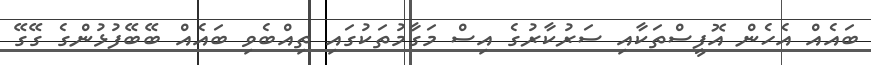
ބައެއް އެހެން އޮފީސްތަކާއި ސަރުކާރުގެ އިސް މަގާމުތަކުގައި ތިއްބެވި ބައެއް ބޭބޭފުޅުންގެ ގޭގޭ